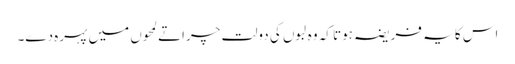
اس کا یہ فریضہ ہوتا کہ وہ لبوں کی دولت چراتے لمحوں میں پہرہ دے۔